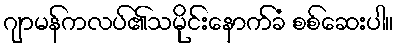
ဂျာမန်ကလပ်၏သမိုင်းနောက်ခံ စစ်ဆေးပါ။